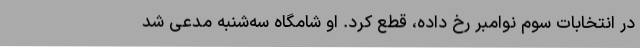
در انتخابات سوم نوامبر رخ داده، قطع کرد. او شامگاه سه‌شنبه مدعی شد